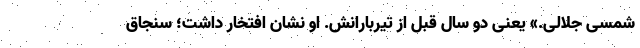
شمسی جلالی.» یعنی دو سال قبل از تیربارانش. او نشان افتخار داشت؛ سنجاق